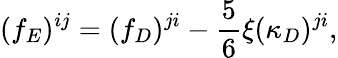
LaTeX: (f_{E})^{ij}=(f_{D})^{ji}-\frac{5}{6}\xi(\kappa_{D})^{ji},